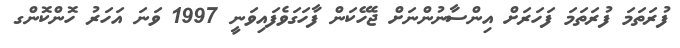
ފުރަތަމަ ފުރަތަމަ ފަހަރަށް އިންސާނުންނަށް ޖެހޭކަން ފާހަގަވެފައިވަނީ 1997 ވަނަ އަހަރު ހޮންކޮންގ